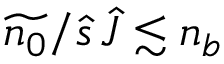
\widetilde { n _ { 0 } } / \hat { s } \, \hat { J } \lesssim n _ { b }